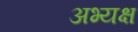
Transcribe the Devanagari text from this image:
अभ्यक्ष